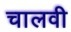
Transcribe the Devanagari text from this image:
चालवी